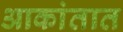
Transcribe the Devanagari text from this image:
आकांतात